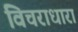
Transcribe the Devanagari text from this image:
विचराधारा